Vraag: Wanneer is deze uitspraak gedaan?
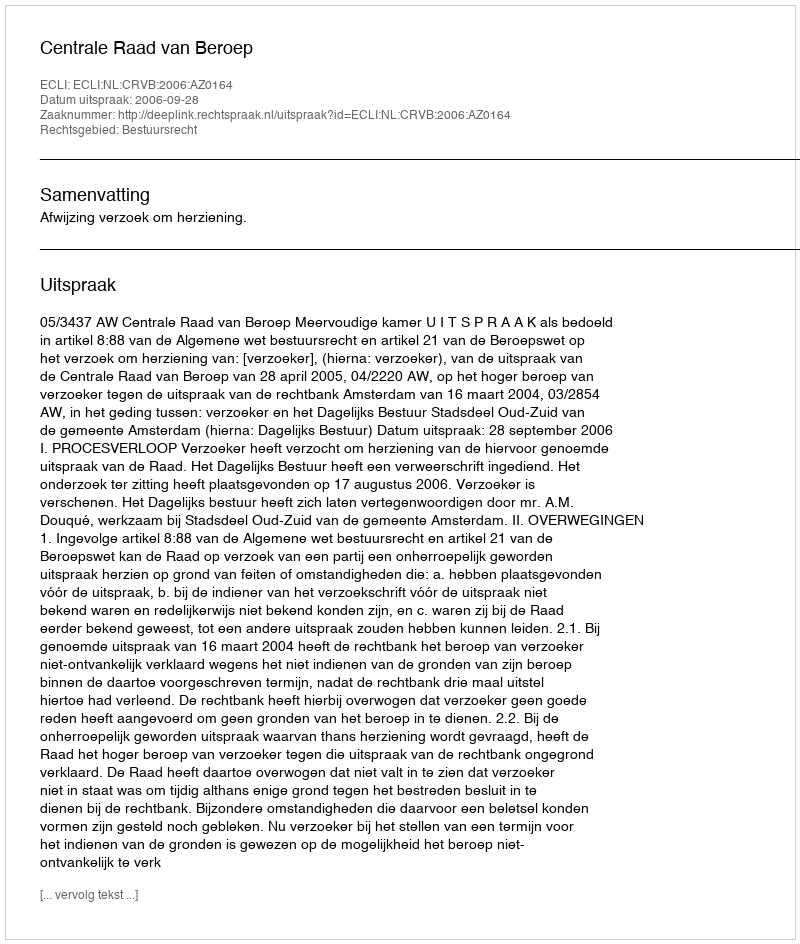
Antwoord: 2006-09-28